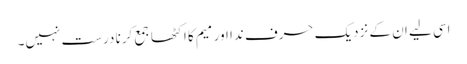
اسی لیے ان کے نزدیک حرف ندا اور میم کا اکٹھا جمع کرنا درست نہیں۔